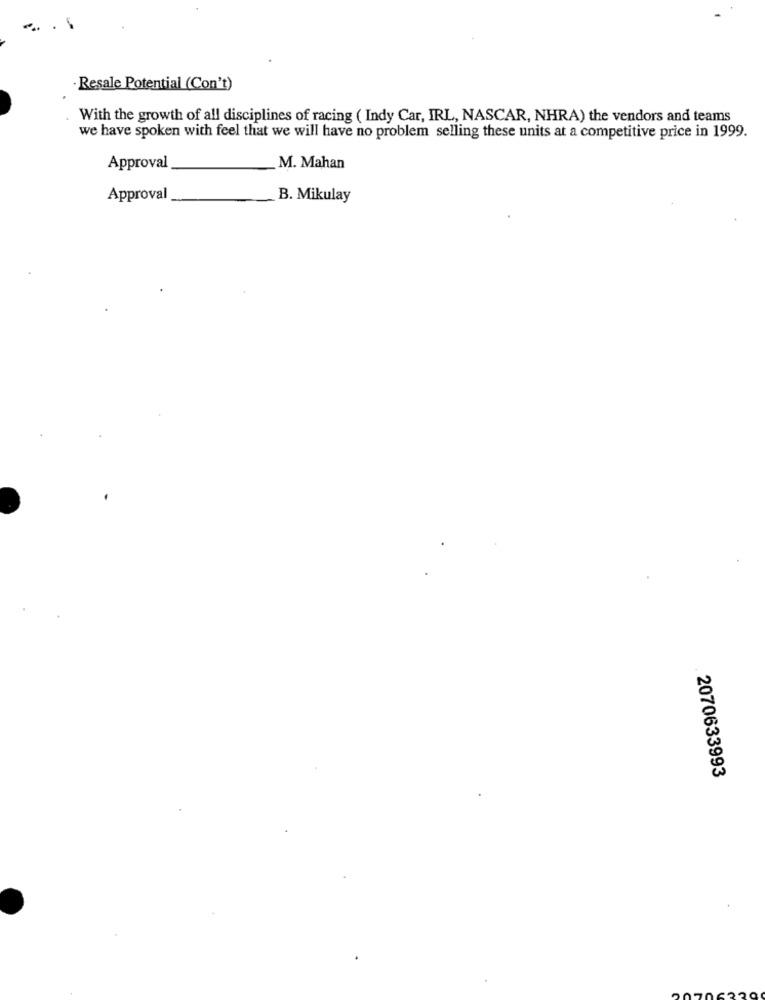
Resale Potential (Con't)
With the growth of all disciplines of racing ( Indy Car, IRL, NASCAR, NHRA) the vendors and teams
we have spoken with feel that we will have no problem selling these units at a competitive price in 1999.
Approval
M. Mahan
Approval
B. Mikulay
2070633993